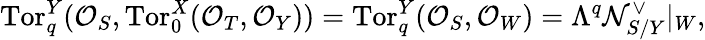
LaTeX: \mathrm{Tor}_{q}^{Y}({\cal O}_{S},\mathrm{Tor}_{0}^{X}({\cal O}_{T},{\cal O}_{Y}))=\mathrm{Tor}_{q}^{Y}({\cal O}_{S},{\cal O}_{W})=\Lambda^{q}{\cal N}_{S/Y}^{\vee}|_{W},